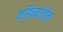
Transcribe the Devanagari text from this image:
वाहिन्यांतील